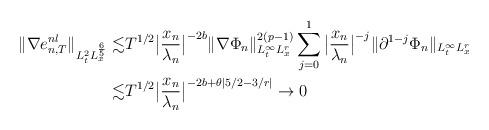
LaTeX: \begin{align*} \|\nabla e_{n,T}^{nl}\|_{L_t^{2}L_x^{\frac65}}\lesssim& T^{1/2}\big|\frac{x_n}{\lambda_n}\big|^{-2b}\|\nabla \Phi_n\|_{L_t^\infty L_x^r}^{2(p-1)}\sum_{j=0}^{1}\big|\frac{x_n}{\lambda_n}\big|^{-j}\|\partial^{1-j}\Phi_n\|_{L_t^\infty L_x^r}\\ \lesssim& T^{1/2}\big|\frac{x_n}{\lambda_n}\big|^{-2b+\theta|5/2-3/r|}\to0\end{align*}